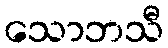
သောဘသီ